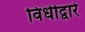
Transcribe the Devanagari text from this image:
विधीद्वारे